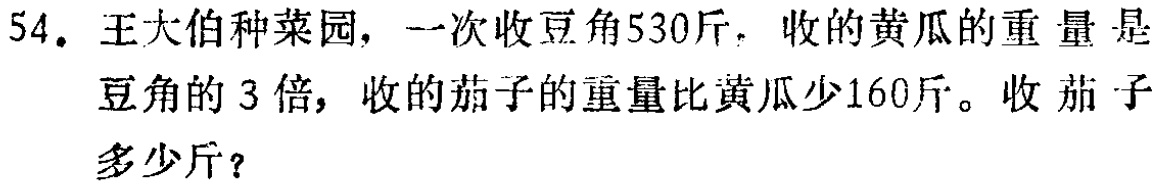
54. 王大伯种菜园，一次收豆角530斤，收的黄瓜的重量是豆角的3倍，收的茄子的重量比黄瓜少160斤。收茄子多少斤？